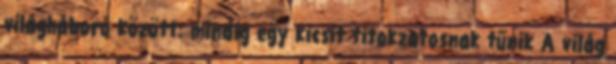
világháború között: mindig egy kicsit titokzatosnak tűnik A világ